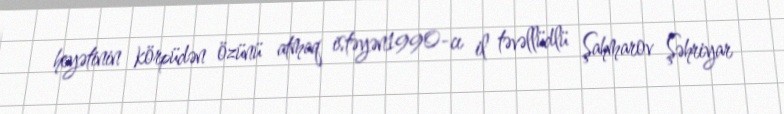
heyətinin körpüdən özünü atmaq istəyən1990-cı il təvəllüdlü Şahmarov Şəhriyar